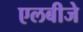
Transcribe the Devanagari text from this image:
एलबीजे